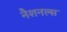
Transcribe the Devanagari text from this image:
नैशनल्स